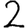
Digit: 2